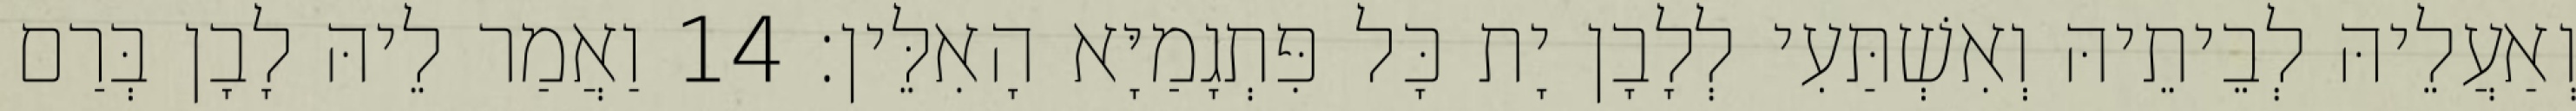
וְאַעֲלֵיהּ לְבֵיתֵיהּ וְאִשְׁתַּעִי לְלָבָן יָת כָּל פִּתְגָמַיָּא הָאִלֵּין׃ 14 וַאֲמַר לֵיהּ לָבָן בְּרַם